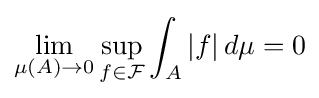
\lim _{\mu (A)\to 0}\sup _{f\in {\mathcal {F}}}\int _{A}|f|\,d\mu =0